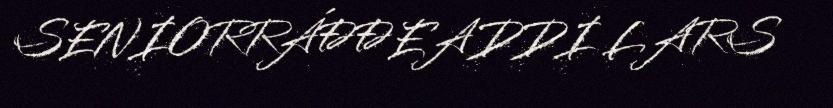
SENIORRÁĐĐEADDI LARS